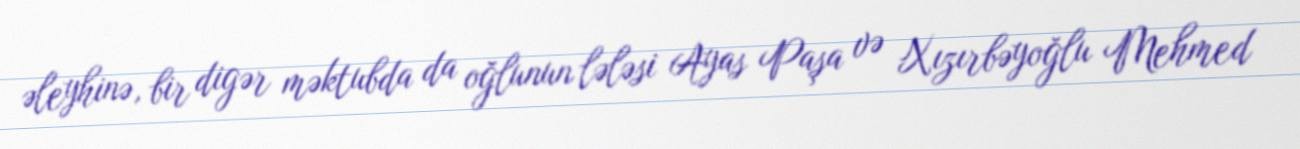
əleyhinə, bir digər məktubda da oğlunun lələsi Ayas Paşa və Xızırbəyoğlu Mehmed